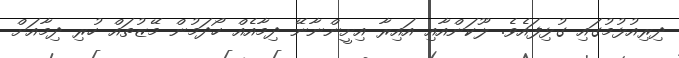
ދިރިއުޅުމުގައި ގުޅިފައެވެ. ލޫކަންއާއި އައިރާ އިށީންނާނޭ ދިމާއެއް ހޯދަމުން މޭޒުތައް ހުރި ދިމާއަށް